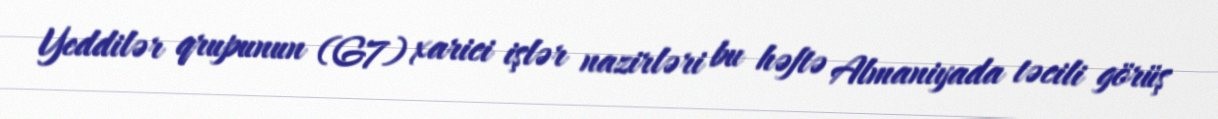
Yeddilər qrupunun (G7) xarici işlər nazirləri bu həftə Almaniyada təcili görüş